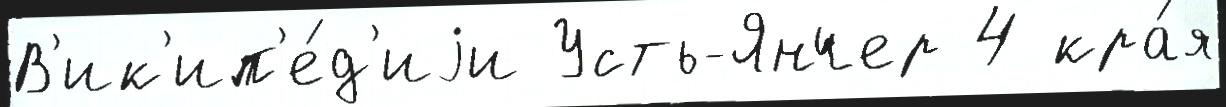
В'ик'ип'е́д'иjи Усть-Янчер 4 кра́я